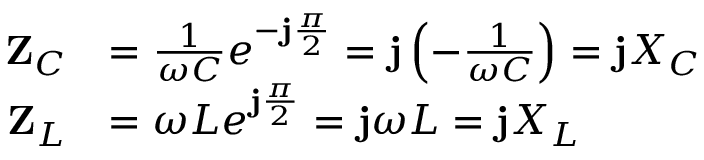
{ \begin{array} { r l } { \mathbf { Z } _ { C } } & { = { \frac { 1 } { \omega C } } e ^ { - \mathbf { j } { \frac { \pi } { 2 } } } = \mathbf { j } \left( { - { \frac { 1 } { \omega C } } } \right) = \mathbf { j } X _ { C } } \\ { \mathbf { Z } _ { L } } & { = \omega L e ^ { \mathbf { j } { \frac { \pi } { 2 } } } = \mathbf { j } \omega L = \mathbf { j } X _ { L } \quad } \end{array} }